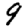
Digit: 9